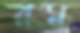
রম